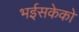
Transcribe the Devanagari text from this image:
भईसकेको